Vabadussoja_Ajaloo_Komitee, lk 28
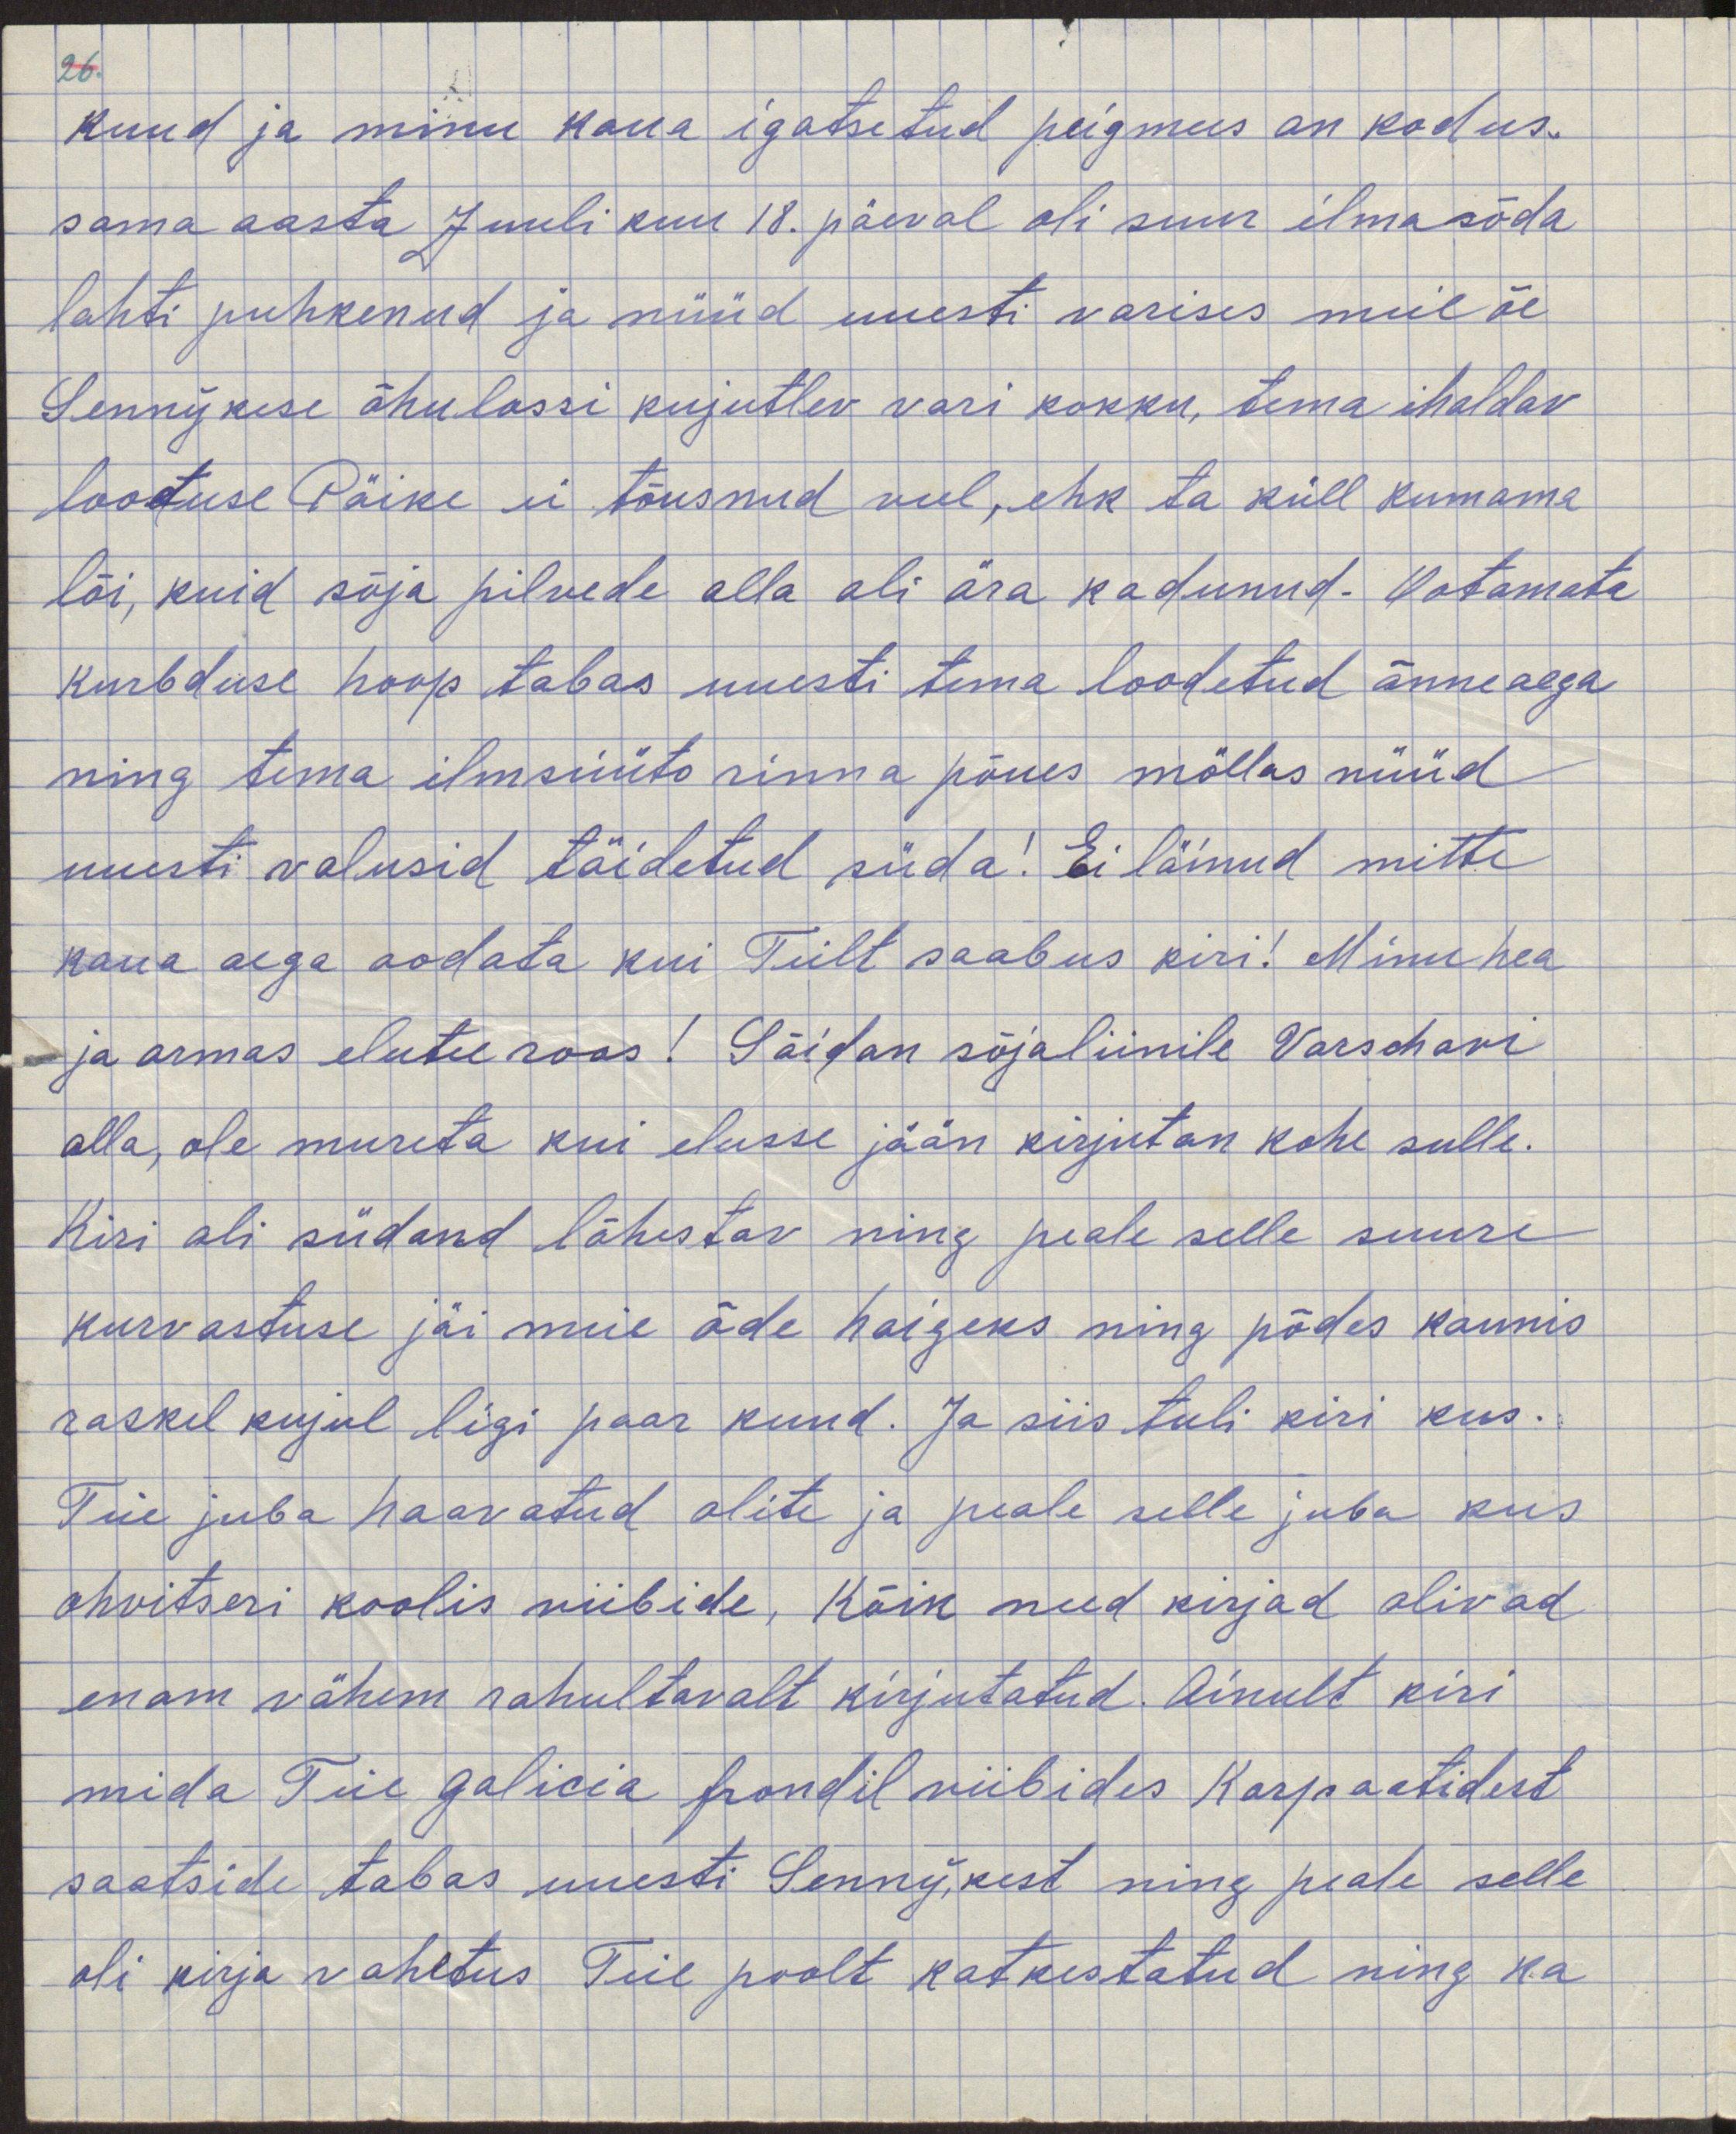
kuud ja minu kaua igatsetud peigmess on kodus
sama aasta juuli kuu 18. päeval oli suur ilmasõda
lahti puhkenud ja nüüd uuesti varises meil õe
Sennykese õhulossi kujutlev vari kokku, tema ihaldav
lootuse Päike ei tõusnud veel, ehk ta küll kumama
lõi, kuid sõja pilvede alla oli ära kadunud. Ootamata
kurbduse hoop tabas uuesti tema loodetud õnneaega
ning tema ilmsüüta rinna põues möllas nüüd
uuesti valusid täidetud süda! Ei läinud mitte
kaua aega oodata kui Teilt saabus kiri! Minu hea
ja armas elutu roos! Sõidan sõjaliinile Varschavi
alla, ole mureta kui elusse jään kirjutan kohe sulle.
Kiri oli südand lõhestav ning peale selle suure
kurvastuse jäi meie õde haigeks ning põdes kaunis
raskel kujul ligi paar kuud. Ja siis tuli kiri kus 
Teie juba haavatud olite ja peale selle juba kus
ohvitseri koolis viibite, kõik need kirjad olivad
enam vähem rahultavalt kirjutatud. Ainult kiri
mida Teie galicia frondil viibides Karpaatidest
saatside tabas uuesti Sennykest ning peale selle
oli kirja vahetus Teie poolt katkestatud ning ka